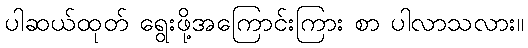
ပါဆယ်ထုတ် ရွေးဖို့အကြောင်းကြား စာ ပါလာသလား။